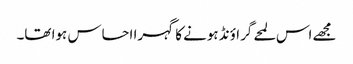
مجھے اس لمحے گراؤنڈ ہونے کا گہرا احساس ہوا تھا۔